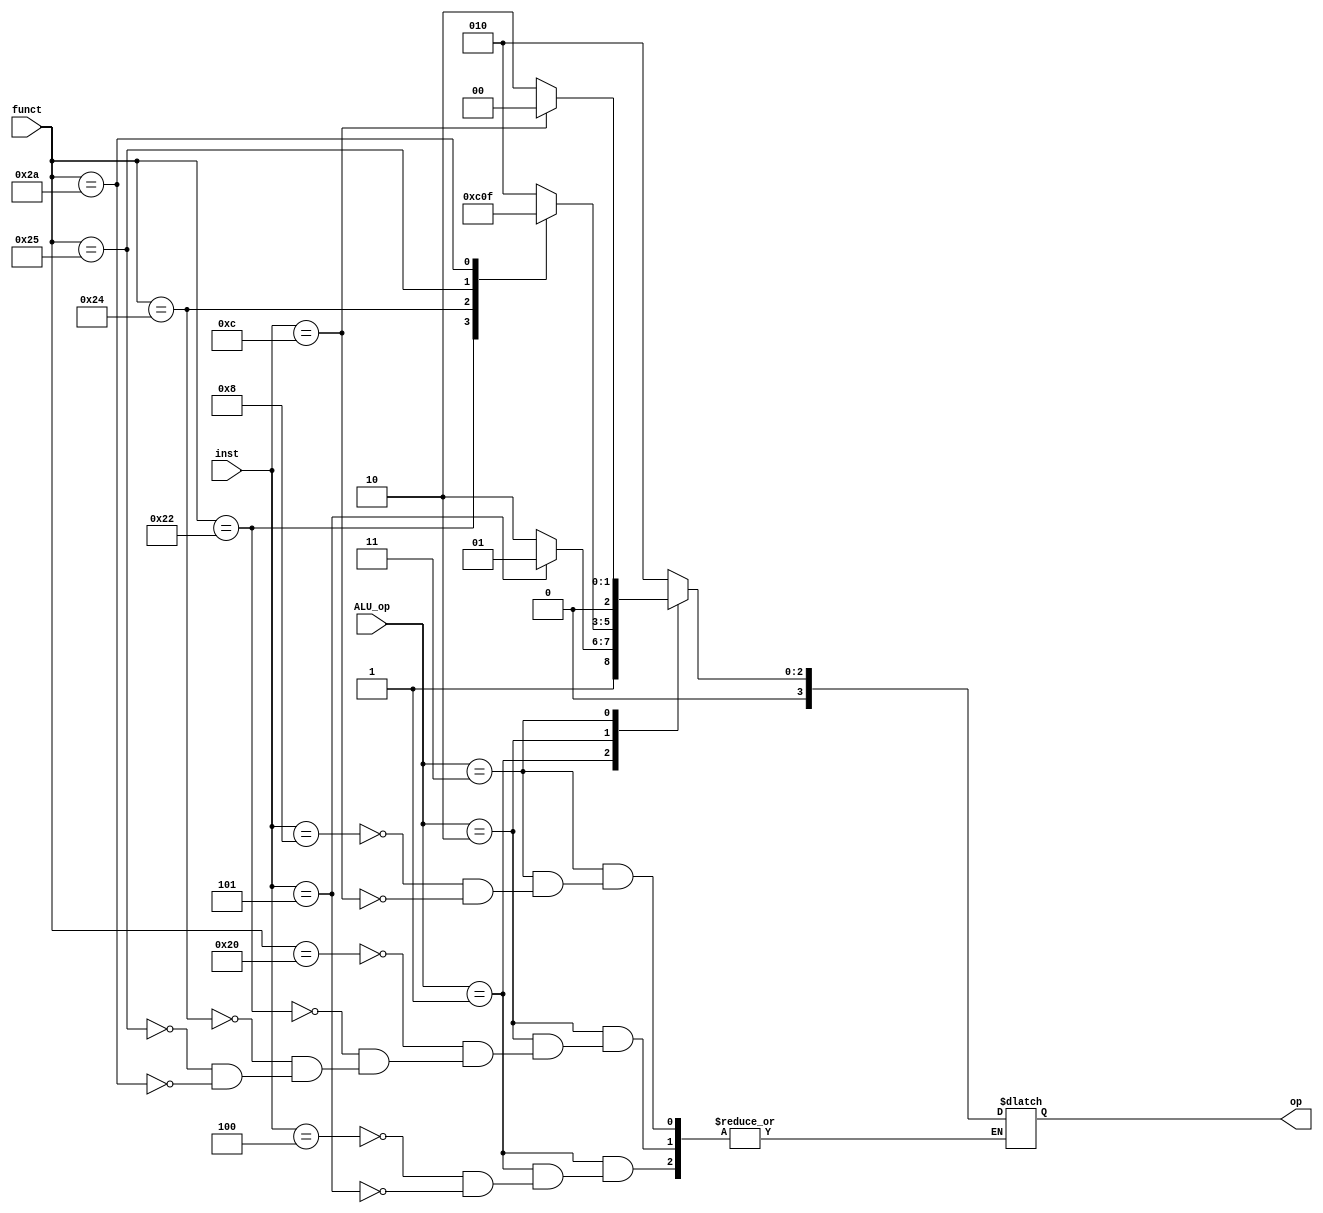
module ALU_ctrl(op, funct, ALU_op, inst);
    input [5:0] funct, inst;
    input [1:0] ALU_op;
    output [3:0] op;

    reg [3:0] op;

    always @(inst or funct or ALU_op) begin
        case(ALU_op)
            2'b00: op=4'b0010;
            2'b01: begin
                case(inst)
                    6'b0000100: op=4'b0110;//beq
                    6'b0000101: op=4'b0101;//bne
                endcase
            end
            2'b10: begin
                case(funct)
                    6'b100000: op=4'b0010;
                    6'b100010: op=4'b0110;
                    6'b100100: op=4'b0000;
                    6'b100101: op=4'b0001;
                    6'b101010: op=4'b0111;
                endcase
            end
            2'b11: begin
                case(inst)
                    6'b001000: op=4'b0010; //addi
                    6'b001100: op=4'b0000; //andi
                endcase
            end
        endcase
    end

endmodule